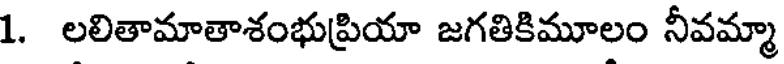
1. లలితామాతాశంభుప్రియా జగతికిమూలం నీవమ్మా